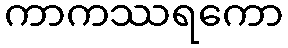
ကာကဿရကော